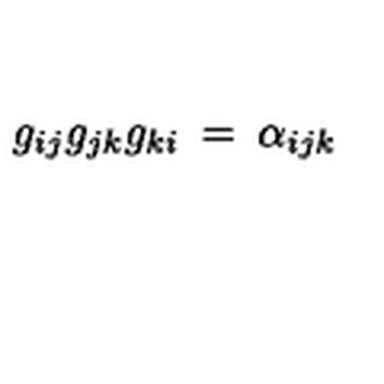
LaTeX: g _ { i j } g _ { j k } g _ { k i } \: = \: \alpha _ { i j k }